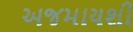
અજમાયશી